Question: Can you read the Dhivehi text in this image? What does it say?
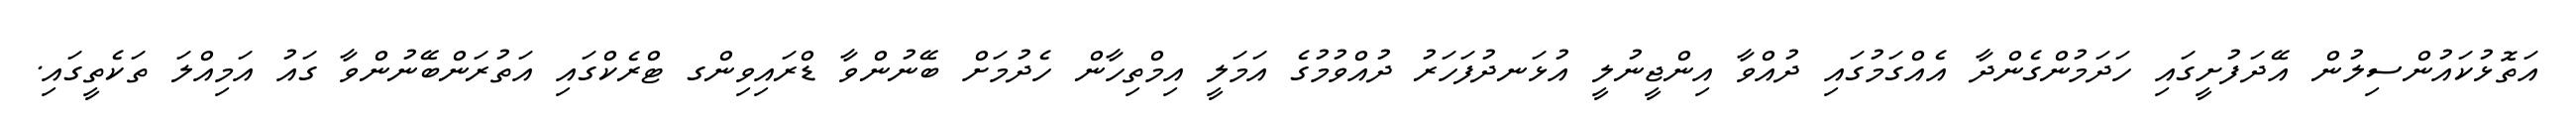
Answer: އަތޮޅުކައުންސިލުން އޭދަފުށީގައި ހަދަމުންގެންދާ އެއްގަމުގައި ދުއްވާ އިންޖީނުލީ އުޅަނދުފަހަރު ދުއްވުމުގެ އަމަލީ އިމްތިހާން ހެދުމަށް ބޭނުންވާ ޑްރައިވިންގ ޓްރެކްގައި އަތުރަންބޭނުންވާ ގައު އަމިއްލަ ތަކެތީގައި.